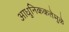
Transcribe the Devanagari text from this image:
आधुनिककतेमुळे